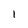
Character: 1